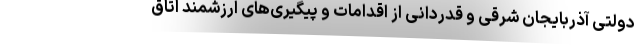
دولتی آذربایجان شرقی و قدردانی از اقدامات و پیگیری‌های ارزشمند اتاق